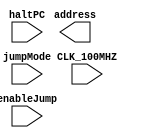
`timescale 1ns / 1ps
//////////////////////////////////////////////////////////////////////////////////
// The Fireball CPU - AGU (Address Generation Unit)
// 
// Created by Matthew Petry (fireTwoOneNine)
// firetwoonenine@gmail.com
// 
// Copyright  2021 Matthew Petry
// Permission is hereby granted, free of charge, to any person obtaining a copy of this software and associated documentation files (the "Software"),
// to deal in the Software without restriction, including without limitation the rights to use, copy, modify, merge, publish, distribute, sublicense,
// and/or sell copies of the Software, and to permit persons to whom the Software is furnished to do so, subject to the following conditions:
//
// The above copyright notice and this permission notice shall be included in all copies or substantial portions of the Software.
//
// THE SOFTWARE IS PROVIDED "AS IS", WITHOUT WARRANTY OF ANY KIND, EXPRESS OR IMPLIED, INCLUDING BUT NOT LIMITED TO THE WARRANTIES OF MERCHANTABILITY,
// FITNESS FOR A PARTICULAR PURPOSE AND NONINFRINGEMENT. IN NO EVENT SHALL THE AUTHORS OR COPYRIGHT HOLDERS BE LIABLE FOR ANY CLAIM,
// DAMAGES OR OTHER LIABILITY, WHETHER IN AN ACTION OF CONTRACT, TORT OR OTHERWISE, ARISING FROM,
// OUT OF OR IN CONNECTION WITH THE SOFTWARE OR THE USE OR OTHER DEALINGS IN THE SOFTWARE.
//////////////////////////////////////////////////////////////////////////////////


module address(
    output [17:0] address,
    input CLK_100MHZ,
    input enableJump,
    input jumpMode,
    input haltPC
    );
endmodule